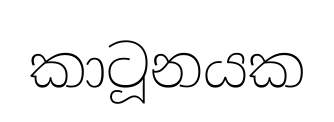
කාටූනයක